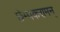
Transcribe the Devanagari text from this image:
छेम्पकरामन्